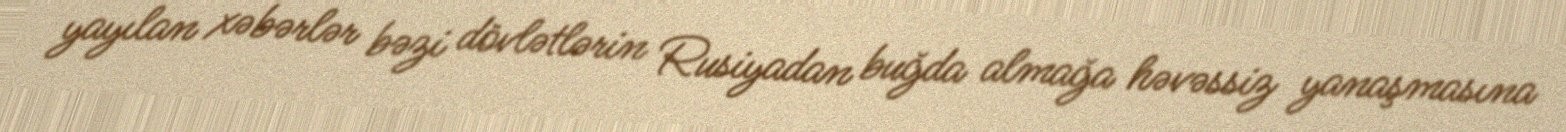
yayılan xəbərlər bəzi dövlətlərin Rusiyadan buğda almağa həvəssiz yanaşmasına